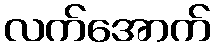
လက်အောက်